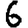
Digit: 6